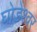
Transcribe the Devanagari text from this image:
घोडेश्वर